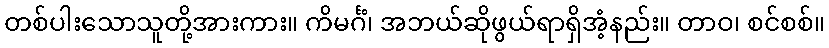
တစ်ပါးသောသူတို့အားကား။ ကိမင်္ဂံ၊ အဘယ်ဆိုဖွယ်ရာရှိအံ့နည်း။ တာဝ၊ စင်စစ်။